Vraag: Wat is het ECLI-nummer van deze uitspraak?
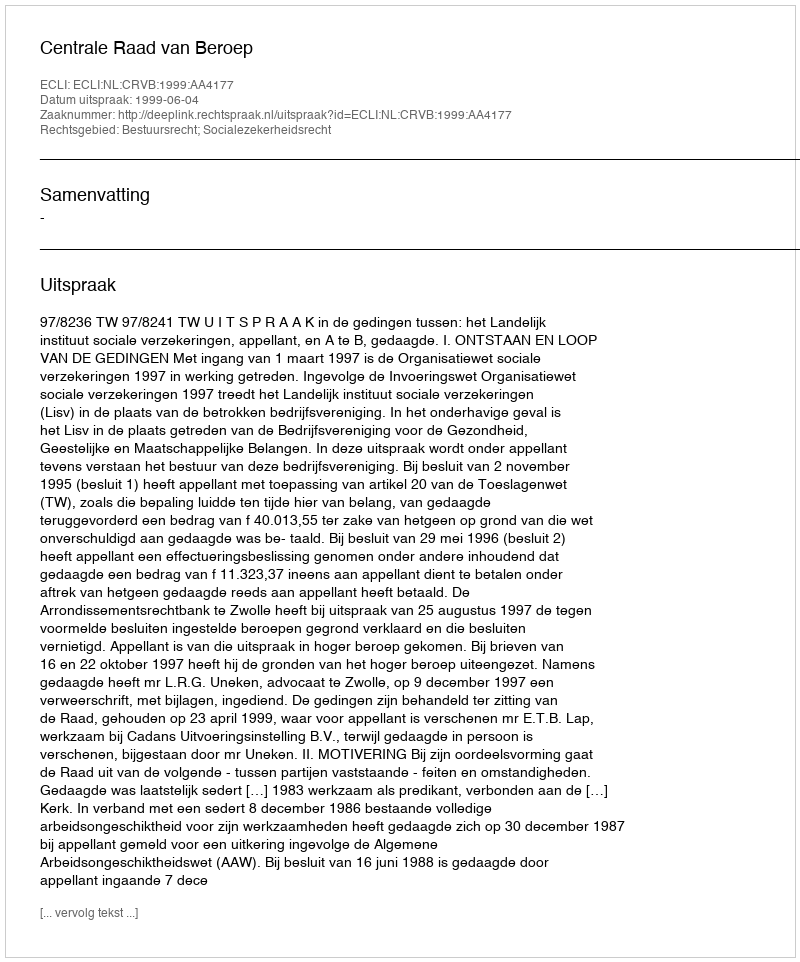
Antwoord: ECLI:NL:CRVB:1999:AA4177